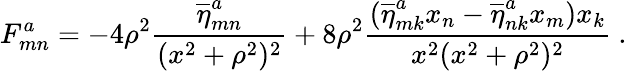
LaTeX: F_{mn}^{a}=-4\rho^{2}\frac{\overline{{\eta}}_{mn}^{a}}{(x^{2}+\rho^{2})^{2}}+8\rho^{2}\frac{(\overline{{\eta}}_{mk}^{a}x_{n}-\overline{{\eta}}_{nk}^{a}x_{m})x_{k}}{x^{2}(x^{2}+\rho^{2})^{2}}~.